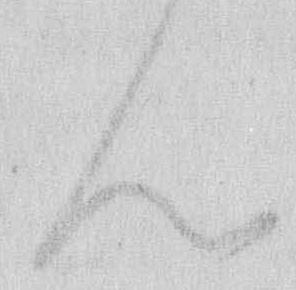
ん